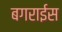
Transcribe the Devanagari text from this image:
बगराईस